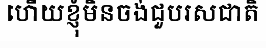
ហើយខ្ញុំមិនចង់ជួបរសជាតិ